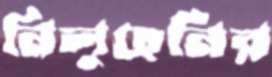
নিলুহেনির